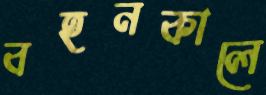
বহনকালে